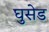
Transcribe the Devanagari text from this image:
घुसेड